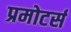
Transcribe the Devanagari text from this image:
प्रमोटर्स